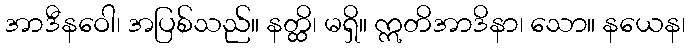
အာဒီနဝေါ၊ အပြစ်သည်။ နတ္ထိ၊ မရှိ။ ဣတိအာဒိနာ၊ သော။ နယေန၊